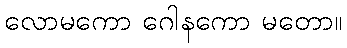
လောမကော ဂေါနကော မတော။